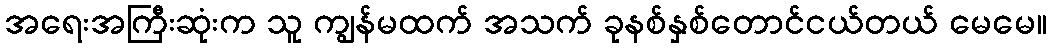
အရေးအကြီးဆုံးက သူ ကျွန်မထက် အသက် ခုနစ်နှစ်တောင်ငယ်တယ် မေမေ။